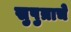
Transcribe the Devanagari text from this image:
सुपुत्राचे